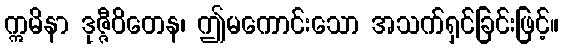
ဣမိနာ ဒုဇ္ဇီဝိတေန၊ ဤမကောင်းသော အသက်ရှင်ခြင်းဖြင့်။